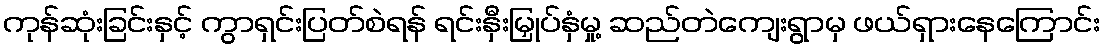
ကုန်ဆုံးခြင်းနှင့် ကွာရှင်းပြတ်စဲရန် ရင်းနှီးမြှုပ်နှံမှု့ ဆည်တဲကျေးရွာမှ ဖယ်ရှားနေကြောင်း